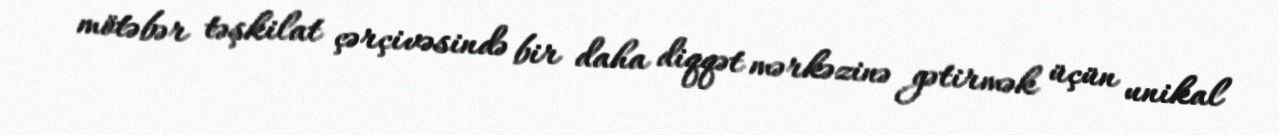
mötəbər təşkilat çərçivəsində bir daha diqqət mərkəzinə gətirmək üçün unikal